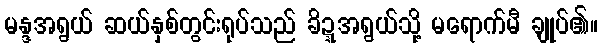
မန္ဒအရွယ် ဆယ်နှစ်တွင်းရုပ်သည် ခိဍ္ဍအရွယ်သို့ မရောက်မီ ချုပ်၏။